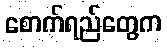
စောက်ရည်တွေက